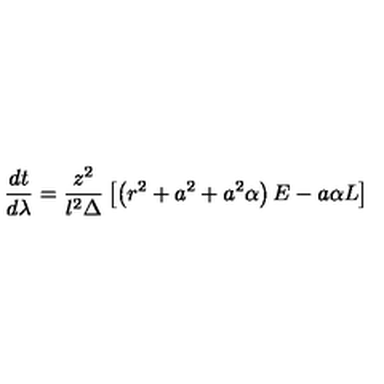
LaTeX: \frac { d t } { d \lambda } = \frac { z ^ { 2 } } { l ^ { 2 } \Delta } \left[ \left( r ^ { 2 } + a ^ { 2 } + a ^ { 2 } \alpha \right) E - a \alpha L \right]